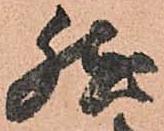
然